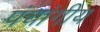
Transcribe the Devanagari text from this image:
पंचांगीय